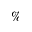
\%